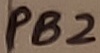
Text: PB2